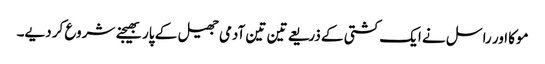
موکا اور راسل نے ایک کشتی کے ذریعے تین تین آدمی جھیل کے پار بھیجنے شروع کر دیے۔